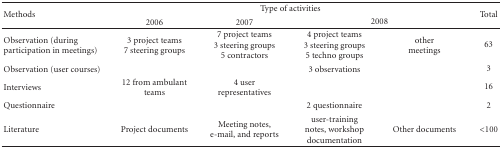
| <ROWSPAN=2> Methods | <COLSPAN=4> Type of activities | Total |
 | 2006 | 2007 | <COLSPAN=2> 2008 |
 | --- | --- | --- | --- | --- | --- |
 | Observation (during participation in meetings) | 3 project teams 7 steering groups | 7 project teams3 steering groups5 contractors | 4 project teams3 steering groups5 techno groups | othermeetings | 63 |
 | Observation (user courses) |  |  | 3 observations |  | 3 |
 | Interviews | 12 from ambulant teams | 4 user representatives |  |  | 16 |
 | Questionnaire |  |  | 2 questionnaire |  | 2 |
 | Literature | Project documents | Meeting notes, e-mail, and reports | user-training notes, workshop documentation | Other documents | <100 |